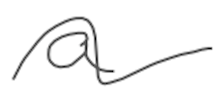
Text: a
Cross-out: wave
Writing tool: digital_gray